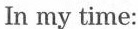
In my time: